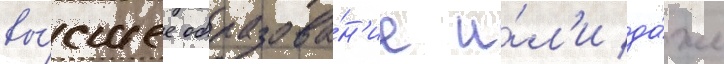
вы́сшее образова́н'ие и́л'и да́же